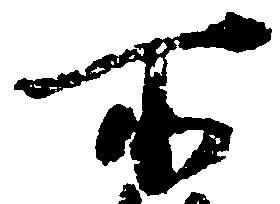
所